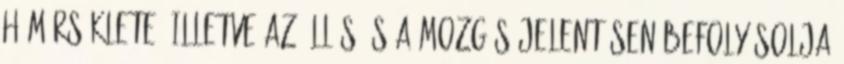
hőmérséklete, illetve az állás és a mozgás jelentősen befolyásolja